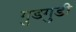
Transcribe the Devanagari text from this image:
गुडगुडी